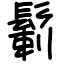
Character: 鬎